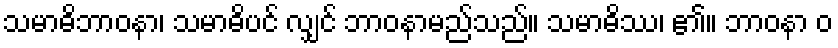
သမာဓိဘာဝနာ၊ သမာဓိပင် လျှင် ဘာဝနာမည်သည်။ သမာဓိဿ၊ ၏။ ဘာဝနာ ဝ